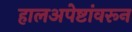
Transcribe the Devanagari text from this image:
हालअपेष्टांवरून